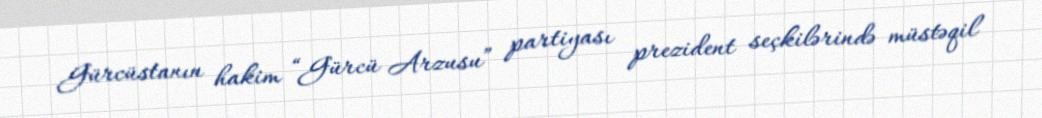
Gürcüstanın hakim “Gürcü Arzusu” partiyası prezident seçkilərində müstəqil